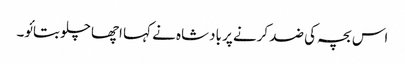
اس بچہ کی ضد کرنے پر بادشاہ نے کہا اچھا چلو بتائو۔